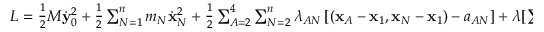
\begin{array} { r } { L = \frac 1 2 M \dot { \bf y } _ { 0 } ^ { 2 } + \frac 1 2 \sum _ { N = 1 } ^ { n } m _ { N } \dot { \bf x } _ { N } ^ { 2 } + \frac 1 2 \sum _ { A = 2 } ^ { 4 } \sum _ { N = 2 } ^ { n } \lambda _ { A N } \left[ ( { \bf x } _ { A } - { \bf x } _ { 1 } , { \bf x } _ { N } - { \bf x } _ { 1 } ) - a _ { A N } \right] + \boldsymbol { \lambda } [ \sum _ { 1 } ^ { n } m _ { N } { \bf x } _ { N } ] . } \end{array}